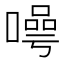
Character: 𭊯